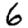
Digit: 6